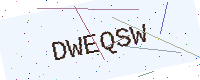
Text: DWEQSW